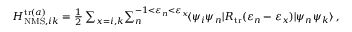
\begin{array} { r } { H _ { \mathrm { N M S } , i k } ^ { \mathrm { t r } ( a ) } = \frac { 1 } { 2 } \sum _ { x = i , k } \! \sum _ { n } ^ { - 1 < \varepsilon _ { n } < \varepsilon _ { x } } \! \ensuremath { \langle \psi _ { i } \psi _ { n } | } { R } _ { \mathrm { t r } } ( \varepsilon _ { n } - \varepsilon _ { x } ) \ensuremath { | \psi _ { n } \psi _ { k } \rangle } \, , } \end{array}